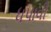
ધપાવી